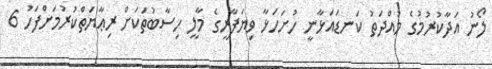
ލޯނު އަދާކުރުމުގެ މުއްދަތު ކަނޑައަޅާނީ ހުށަހަޅާ ވިޔަފާރީގެ މާލީ ހިސާބުތަކަށް ރިޢާޔަތްކުރުމަށްފަހު 6